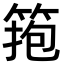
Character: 𥮼